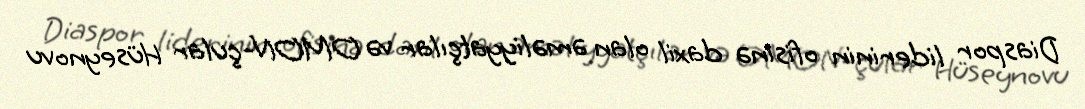
Diaspor liderinin ofisinə daxil olan əməliyyatçılar və OMON-çular Hüseynovu